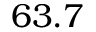
6 3 . 7